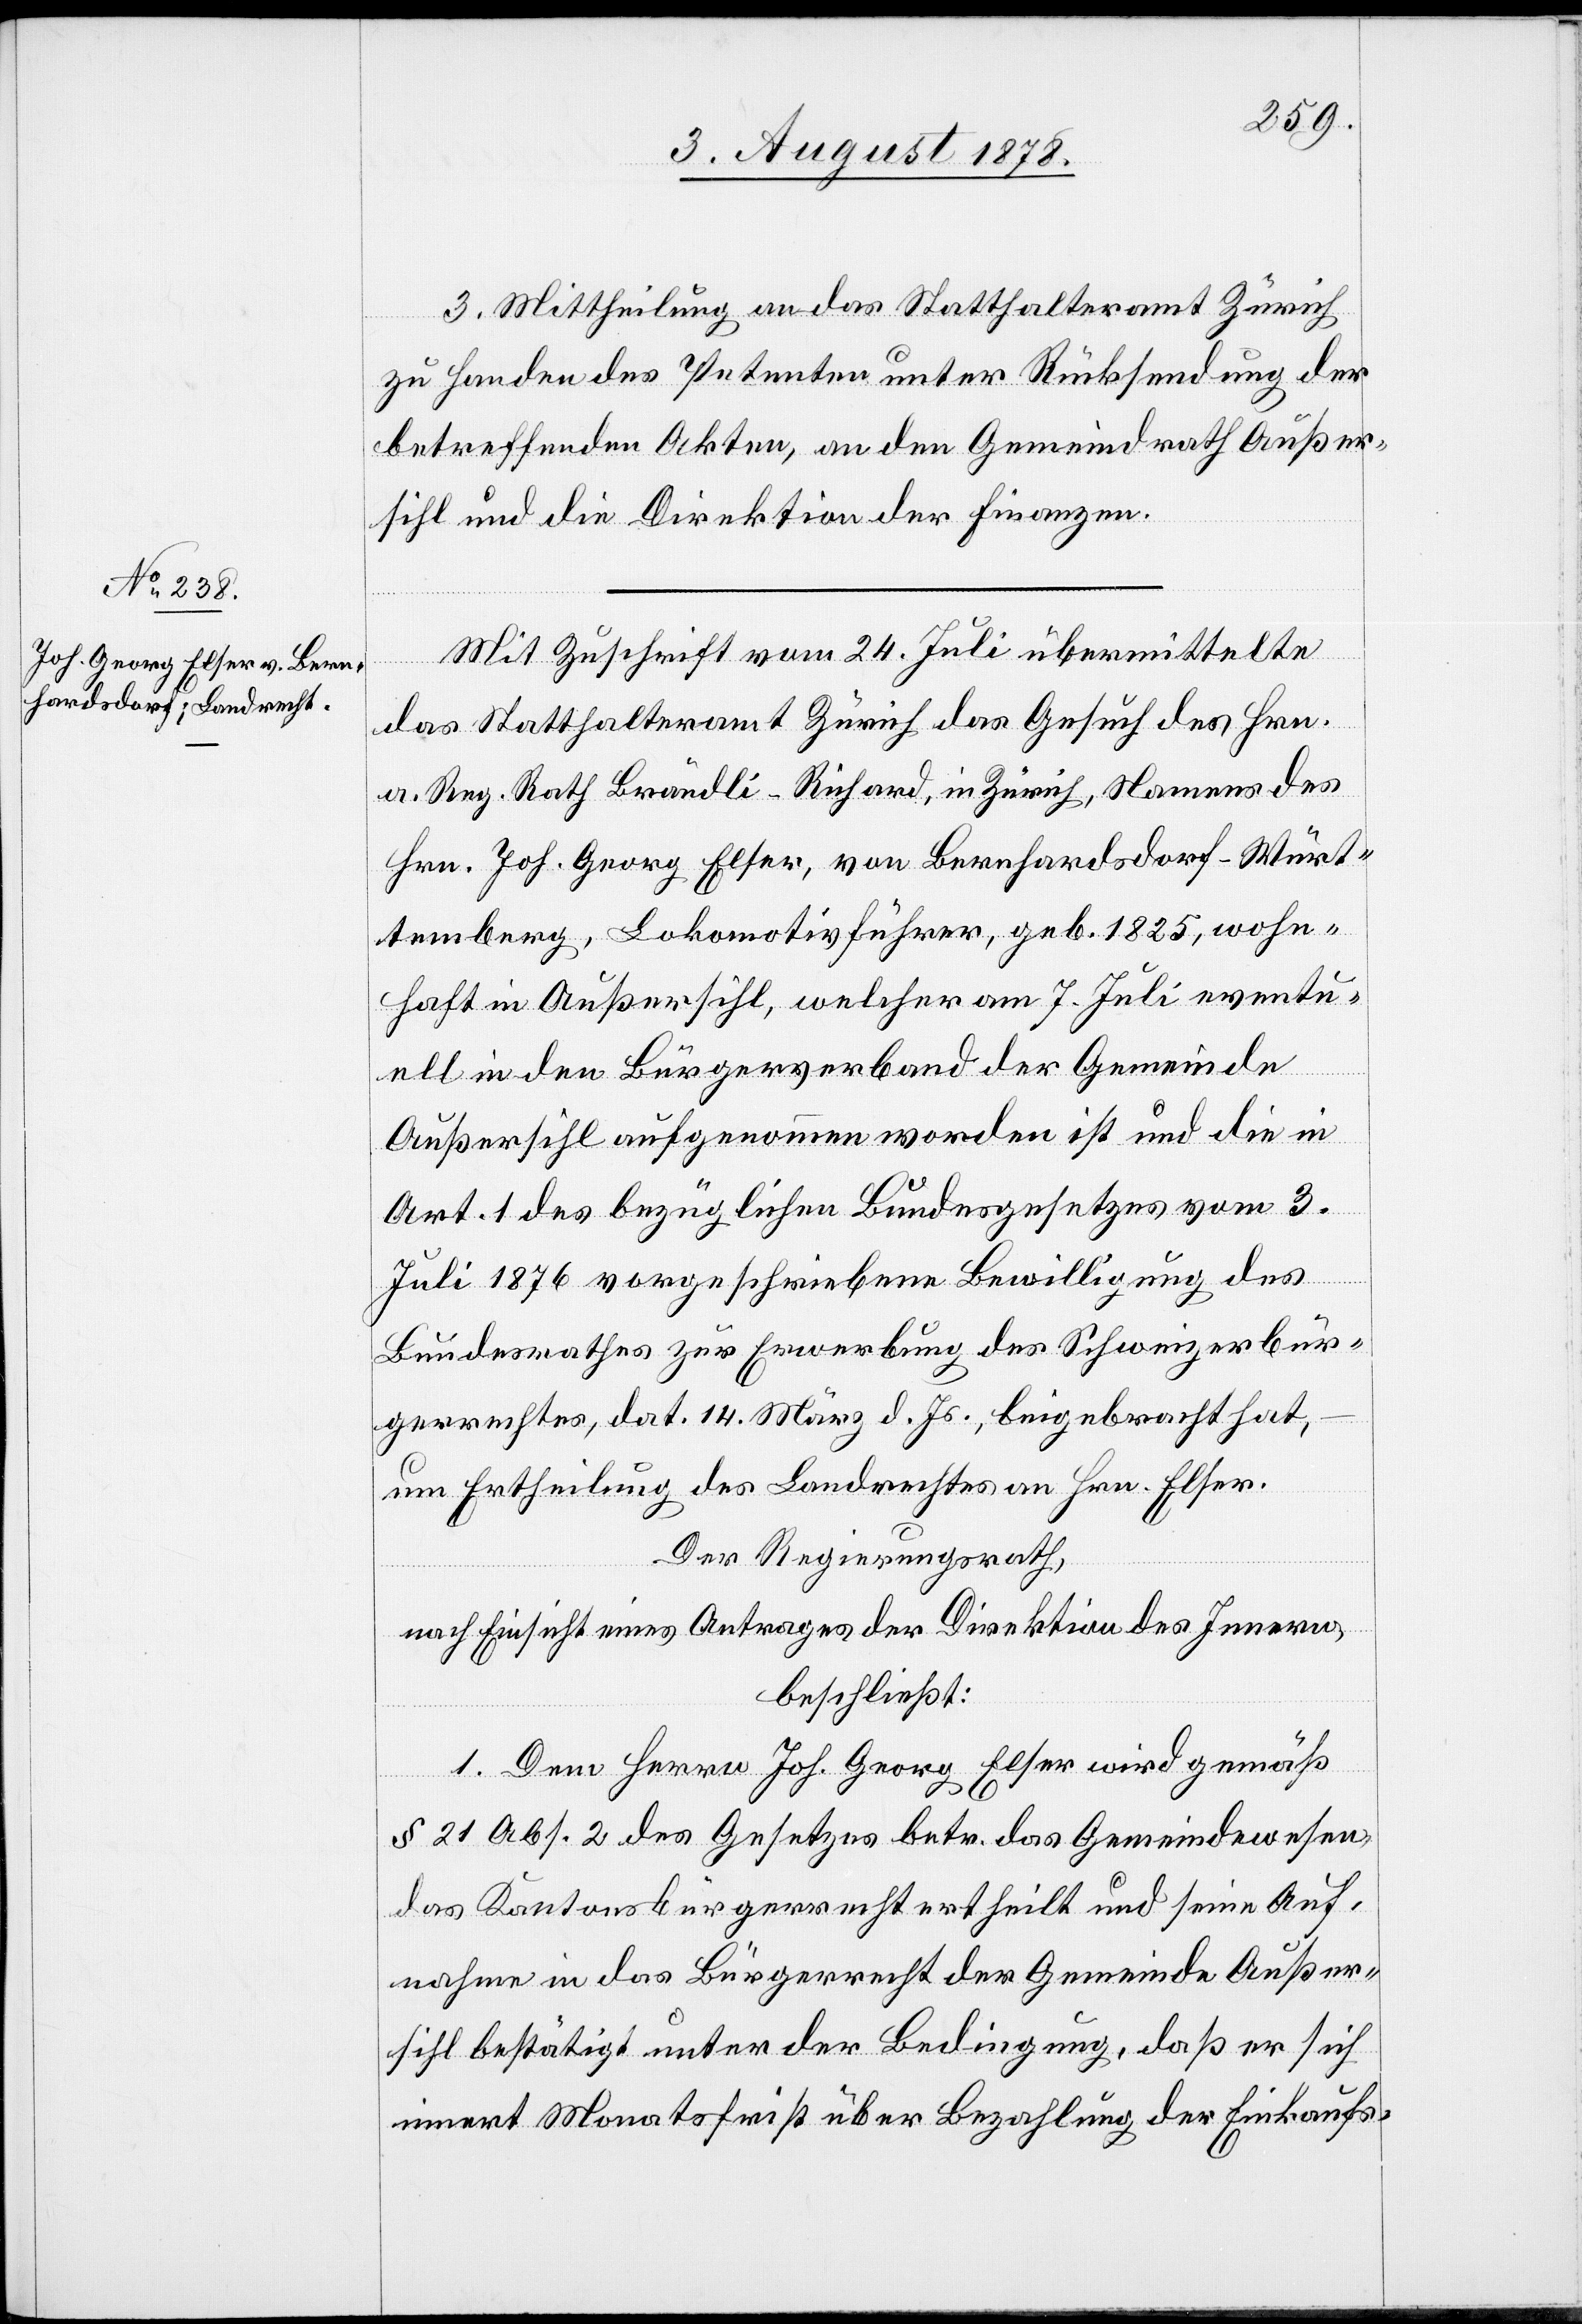
3. Mittheilung an das Statthalteramt Zürich
zu Handen des Petenten unter Rücksendung der
betreffenden Akten, an den Gemeindrath Außer¬
sihl und die Direktion der Finanzen.
des
Mit Zuschrift vom 24. Juli übermittelte
das Statthalteramt Zürich das Gesuch des Hrn.
a. Reg. Rath Brändli-Richard, in Zürich, Namens des
Hrn. Joh. Georg Elser, von Bernhardsdorf - Würt¬
temberg, Lokomotivführer, geb. 1825, wohn¬
haft in Außersihl, welcher am 7. Juli eventu¬
ell in den Bürgerverband der Gemeinde
Außersihl aufgenommen worden ist und die in
Art. 1 des bezüglichen Bundesgesetzes vom 3.
Juli 1876 vorgeschriebene Bewilligung des
Bundesrathes zur Erwerbung des Schweizerbür¬
gerrechtes, dat. 14. März d. Js. beigebracht hat,
Der Regierungsrath,
nach Einsicht eines Antrages der Direktion des Innern,
beschließt:
1. Dem Herrn Joh. Georg Elser wird gemäß
2
das Kantonsbürgerrecht ertheilt & seine Auf¬
nahme in das Bürgerrecht der Gemeinde Außer¬
sihl bestätigt unter der Bedingung, daß er sich
innert Monatsfrist über Bezahlung der Einkaufs-